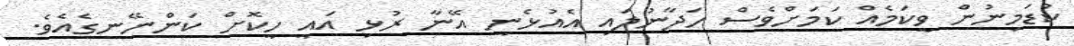
ކުޑަމިނުން ވީކަމެއް ކަމަށްވެސް ހަދާނުލައި އެއުޅެނީ އޭނާ ރުޅި އައީ ހީކޮށް ކަންނޭނގެއެވެ.